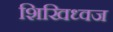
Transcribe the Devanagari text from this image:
शिखिध्वज